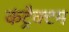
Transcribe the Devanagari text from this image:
कंट्रैक्टम